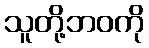
သူတို့ဘဝကို